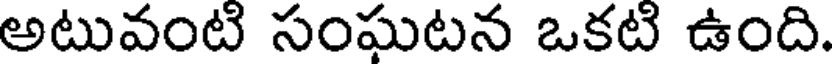
అటువంటి సంఘటన ఒకటి ఉంది.